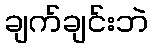
ချက်ချင်းဘဲ